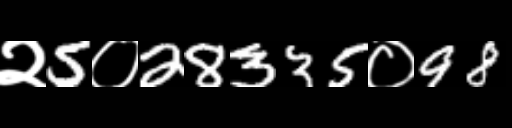
Text: २5०28335०98